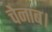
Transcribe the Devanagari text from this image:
चेनाब।